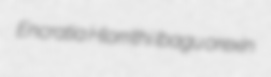
Encratia Hlorrithi Ibagu orexin